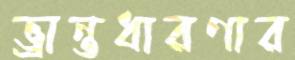
ভ্রান্তধারণার